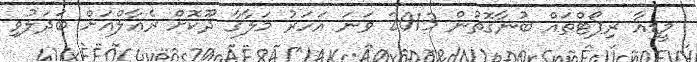
މީޑިއާ ރިޕޯޓްތައް ބުނާގޮތުން 2013 ވަނަ އަހަރު މަލާގާ ދޫކޮށް ރެއާލްއަށް ބަދަލުވި